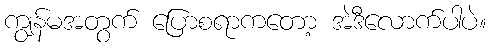
ကျွန်မအတွက် ပြောစရာကတော့ အဲဒီလောက်ပါပဲ။